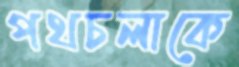
পথচলাকে